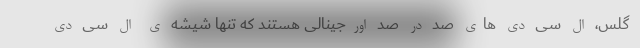
گلس، ال سی دی های صد در صد اورجینالی هستند که تنها شیشه ی ال سی دی